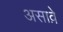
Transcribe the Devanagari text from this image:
असाव़े